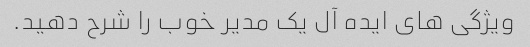
ویژگی های ایده آل یک مدیر خوب را شرح دهید.